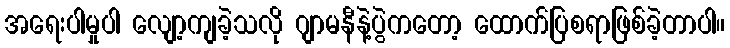
အရေးပါမှုပါ လျော့ကျခဲ့သလို ဂျာမနီနဲ့ပွဲကတော့ ထောက်ပြစရာဖြစ်ခဲ့တာပါ။